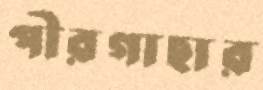
পীরগাছার